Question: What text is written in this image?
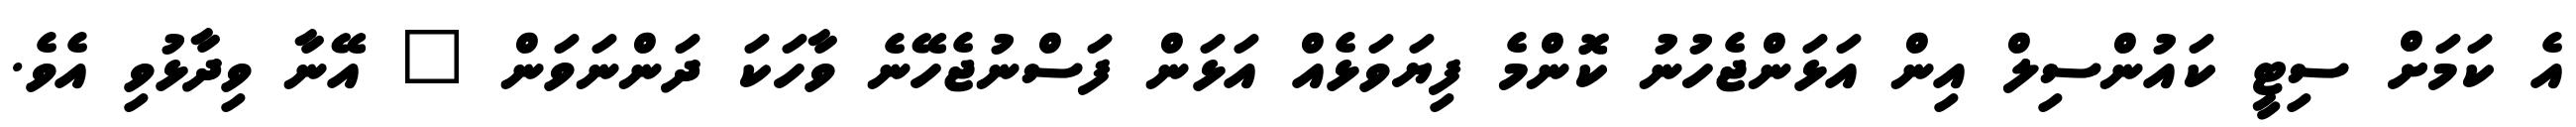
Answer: އެ ކަމަށް ސިޓީ ކައުންސިލް އިން އަޅަންޖެހުނު ކޮންމެ ފިޔަވަޅެއް އަޅަން ފަސްނުޖެހޭނެ ވާހަކަ ދަންނަވަން " އޭނާ ވިދާޅުވި އެވެ.